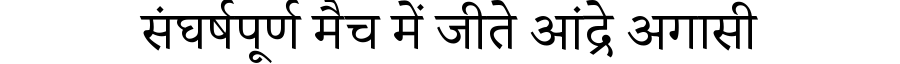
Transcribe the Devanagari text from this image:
संघर्षपूर्ण मैच में जीते आंद्रे अगासी